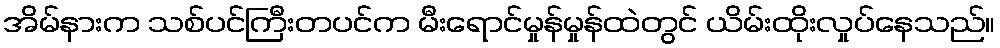
အိမ်နားက သစ်ပင်ကြီးတပင်က မီးရောင်မှုန်မှုန်ထဲတွင် ယိမ်းထိုးလှုပ်နေသည်။